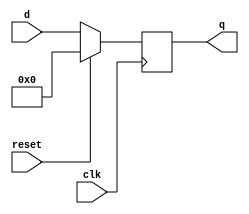
module top_module(
    input clk,
    input reset,
    input [7:0] d,
    output [7:0] q
);
    always @(posedge clk)begin
        if (reset==1)begin
            q<=8'b0;
        end
        else begin
            q<=d;
        end
    end
endmodule